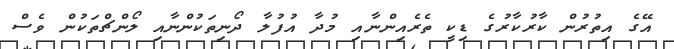
އޭގެ އިތުރުން ކާރުކާރުގެ ޑިކީ ތެރެއިންނާއި މުދާ އުފުލާ ދޯނިތަކުންނާއި ލޯންޗްތަކުން ވެސް